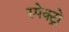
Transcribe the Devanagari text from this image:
स्पेक्ट्रो